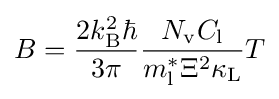
B={\frac {2k_{\rm {B}}^{2}\hbar }{3\pi }}{\frac {N_{\rm {v}}C_{\rm {l}}}{m_{\rm {l}}^{*}\Xi ^{2}\kappa _{\rm {L}}}}T